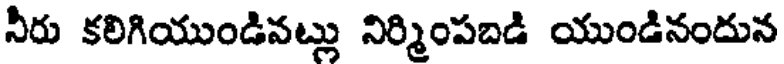
నీరు కలిగియుండివట్లు నిర్మింపబడి యుండినందున